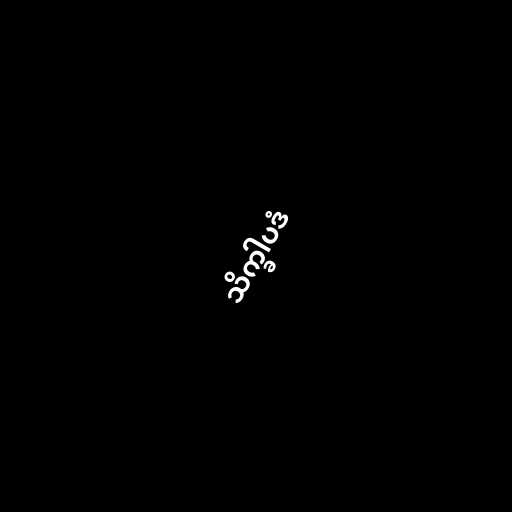
သိက္ခါပဒံ